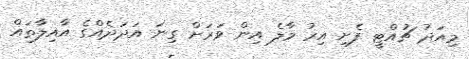
މިއަދު ޗުއްޓީ ފެށި އިރު މާލެ އިން ވަރަށް ގިނަ އަދަދެއްގެ އާއިލާތައް